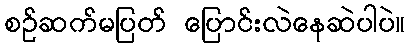
စဉ်ဆက်မပြတ် ပြောင်းလဲနေဆဲပါပဲ။